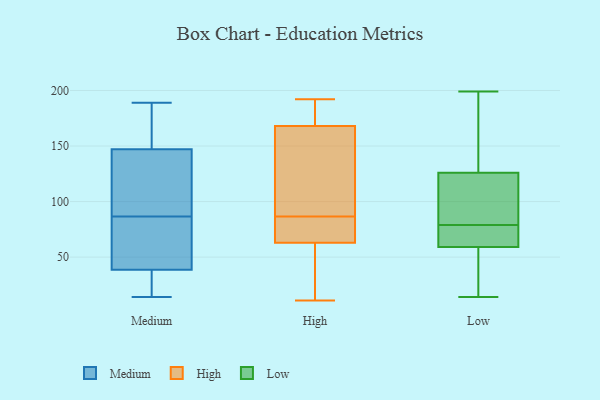
{"axis": {"x": "Website Visitors", "y": "Value"}, "legend": ["High", "Low", "Medium"], "data": [{"x": "", "y": 189, "type": "Medium"}, {"x": "", "y": 15, "type": "Medium"}, {"x": "", "y": 144, "type": "Medium"}, {"x": "", "y": 114, "type": "Medium"}, {"x": "", "y": 68, "type": "Medium"}, {"x": "", "y": 93, "type": "Medium"}, {"x": "", "y": 105, "type": "Medium"}, {"x": "", "y": 40, "type": "Medium"}, {"x": "", "y": 150, "type": "Medium"}, {"x": "", "y": 14, "type": "Medium"}, {"x": "", "y": 183, "type": "Medium"}, {"x": "", "y": 178, "type": "Medium"}, {"x": "", "y": 33, "type": "Medium"}, {"x": "", "y": 74, "type": "Medium"}, {"x": "", "y": 80, "type": "Medium"}, {"x": "", "y": 37, "type": "Medium"}, {"x": "", "y": 187, "type": "High"}, {"x": "", "y": 68, "type": "High"}, {"x": "", "y": 168, "type": "High"}, {"x": "", "y": 142, "type": "High"}, {"x": "", "y": 45, "type": "High"}, {"x": "", "y": 99, "type": "High"}, {"x": "", "y": 11, "type": "High"}, {"x": "", "y": 192, "type": "High"}, {"x": "", "y": 63, "type": "High"}, {"x": "", "y": 74, "type": "High"}, {"x": "", "y": 70, "type": "Low"}, {"x": "", "y": 14, "type": "Low"}, {"x": "", "y": 59, "type": "Low"}, {"x": "", "y": 75, "type": "Low"}, {"x": "", "y": 114, "type": "Low"}, {"x": "", "y": 105, "type": "Low"}, {"x": "", "y": 60, "type": "Low"}, {"x": "", "y": 199, "type": "Low"}, {"x": "", "y": 40, "type": "Low"}, {"x": "", "y": 83, "type": "Low"}, {"x": "", "y": 50, "type": "Low"}, {"x": "", "y": 126, "type": "Low"}, {"x": "", "y": 150, "type": "Low"}, {"x": "", "y": 145, "type": "Low"}]}